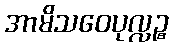
အာမိသဝေပုလ္လဉ္စ